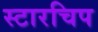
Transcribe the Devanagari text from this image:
स्टारचिप